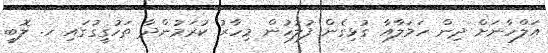
އަލްހާނަށް ދިން ހަމަލާއާ ގުޅިގެން ފުލުހުން މިހާރު ކުރަމުންދާ ތަހުގީގުގައި ހ. ލޮބީ